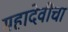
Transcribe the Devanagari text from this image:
महादेवींचा